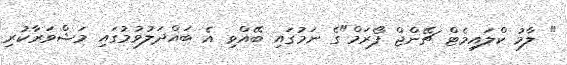
" ލާމު ކްލައިމެޓް ޗޭންޖް ފޯރަމް"ގެ ނަމުގައި ބޭއްވި އެ ބައްދަލުވުމުގައި މަޝްވަރާކުރި